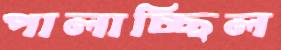
পালাচ্ছিল